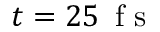
t = 2 5 \, \mathrm { ~ f ~ s ~ }